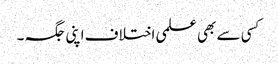
کسی سے بھی علمی اختلاف اپنی جگہ ۔